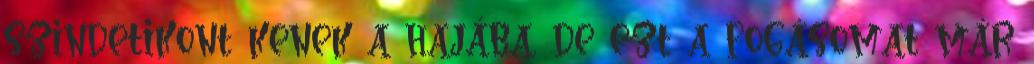
szindetikont kenek a hajába, de ezt a fogásomat már